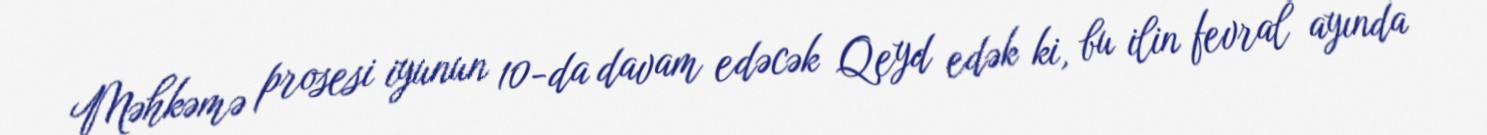
Məhkəmə prosesi iyunun 10-da davam edəcək Qeyd edək ki, bu ilin fevral ayında